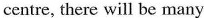
centre, there will be many